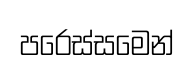
පරෙස්සමෙන්